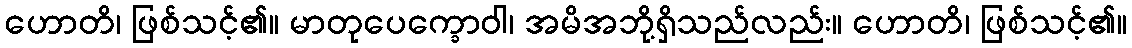
ဟောတိ၊ ဖြစ်သင့်၏။ မာတုပေက္ခောဝါ၊ အမိအဘို့ရှိသည်လည်း။ ဟောတိ၊ ဖြစ်သင့်၏။